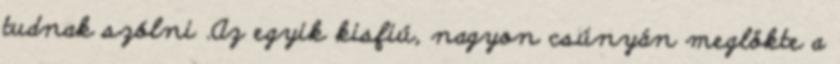
tudnak szólni .Az egyik kisfiú, nagyon csúnyán meglökte a